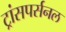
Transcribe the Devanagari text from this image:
ट्रांसपर्सनल